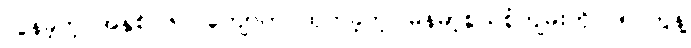
လွန်ခဲ့တဲ့ အနှစ် ၆၀ ကျော်က ထုတ်ခဲ့တဲ့ မြန်မာ့စွယ်စုံကျမ်းကို ၂၅ တွဲနဲ့